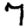
Digit: 7